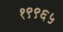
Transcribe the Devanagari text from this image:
१९९६५